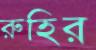
রুহির